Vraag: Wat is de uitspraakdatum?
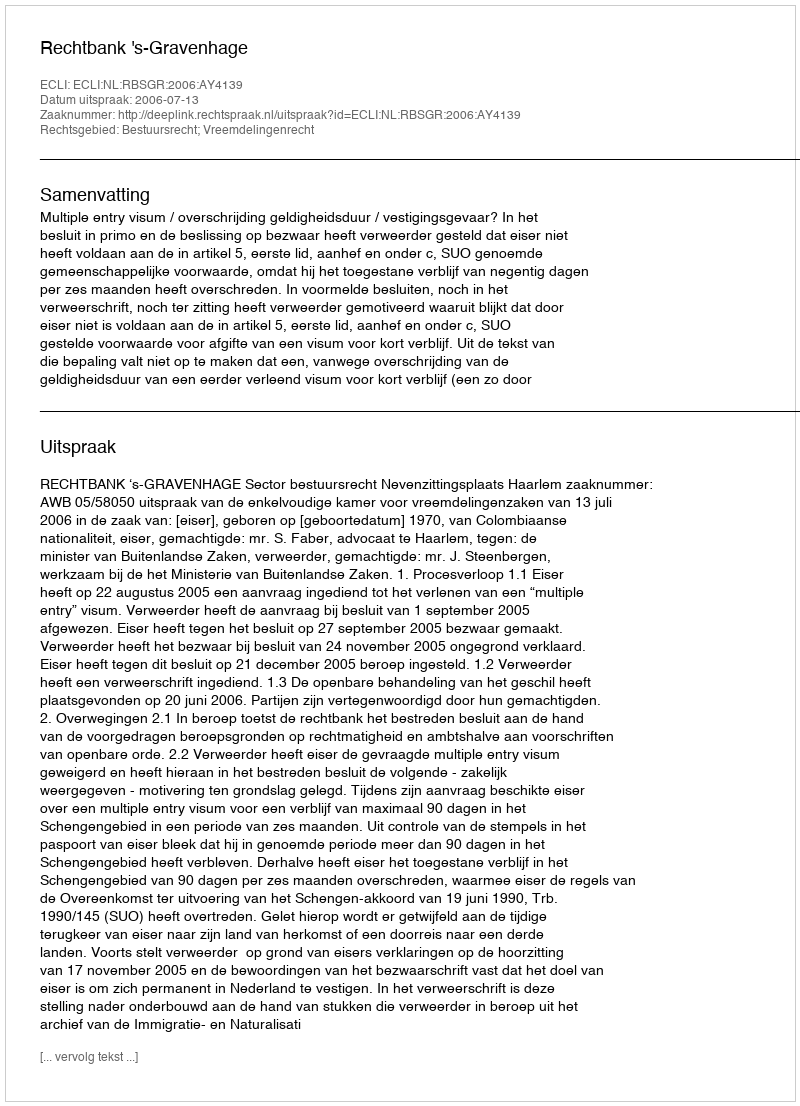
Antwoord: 2006-07-13